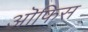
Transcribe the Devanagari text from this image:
ऒफिस